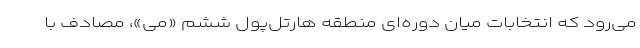
می‌رود که انتخابات میان دوره‌ای منطقه هارتل‌پول ششم «می»، مصادف با